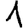
Digit: 1